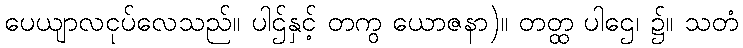
ပေယျာလငုပ်လေသည်။ ပါဌ်နှင့် တကွ ယောဇနာ)။ တတ္ထ ပါဌေ၊ ၌။ သတံ